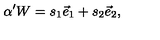
\alpha ^ { \prime } W = s _ { 1 } \vec { e } _ { 1 } + s _ { 2 } \vec { e } _ { 2 } ,